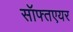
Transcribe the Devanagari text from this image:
सॉफ्तएयर